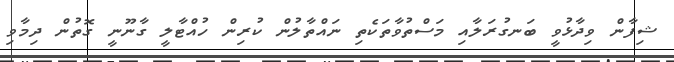
ޝިފާން ވިދާޅުވީ ބަނގުރަލާއި މަސްތުވާތަކެތި ނައްތާލުން ކުރިން ހުއްޓާލީ ގާނޫނީ ގޮތުން ދިމާވި